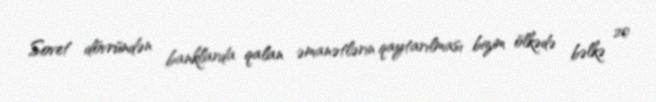
Sovet dövründən banklarda qalan əmanətlərin qaytarılması bizim ölkədə bəlkə 20